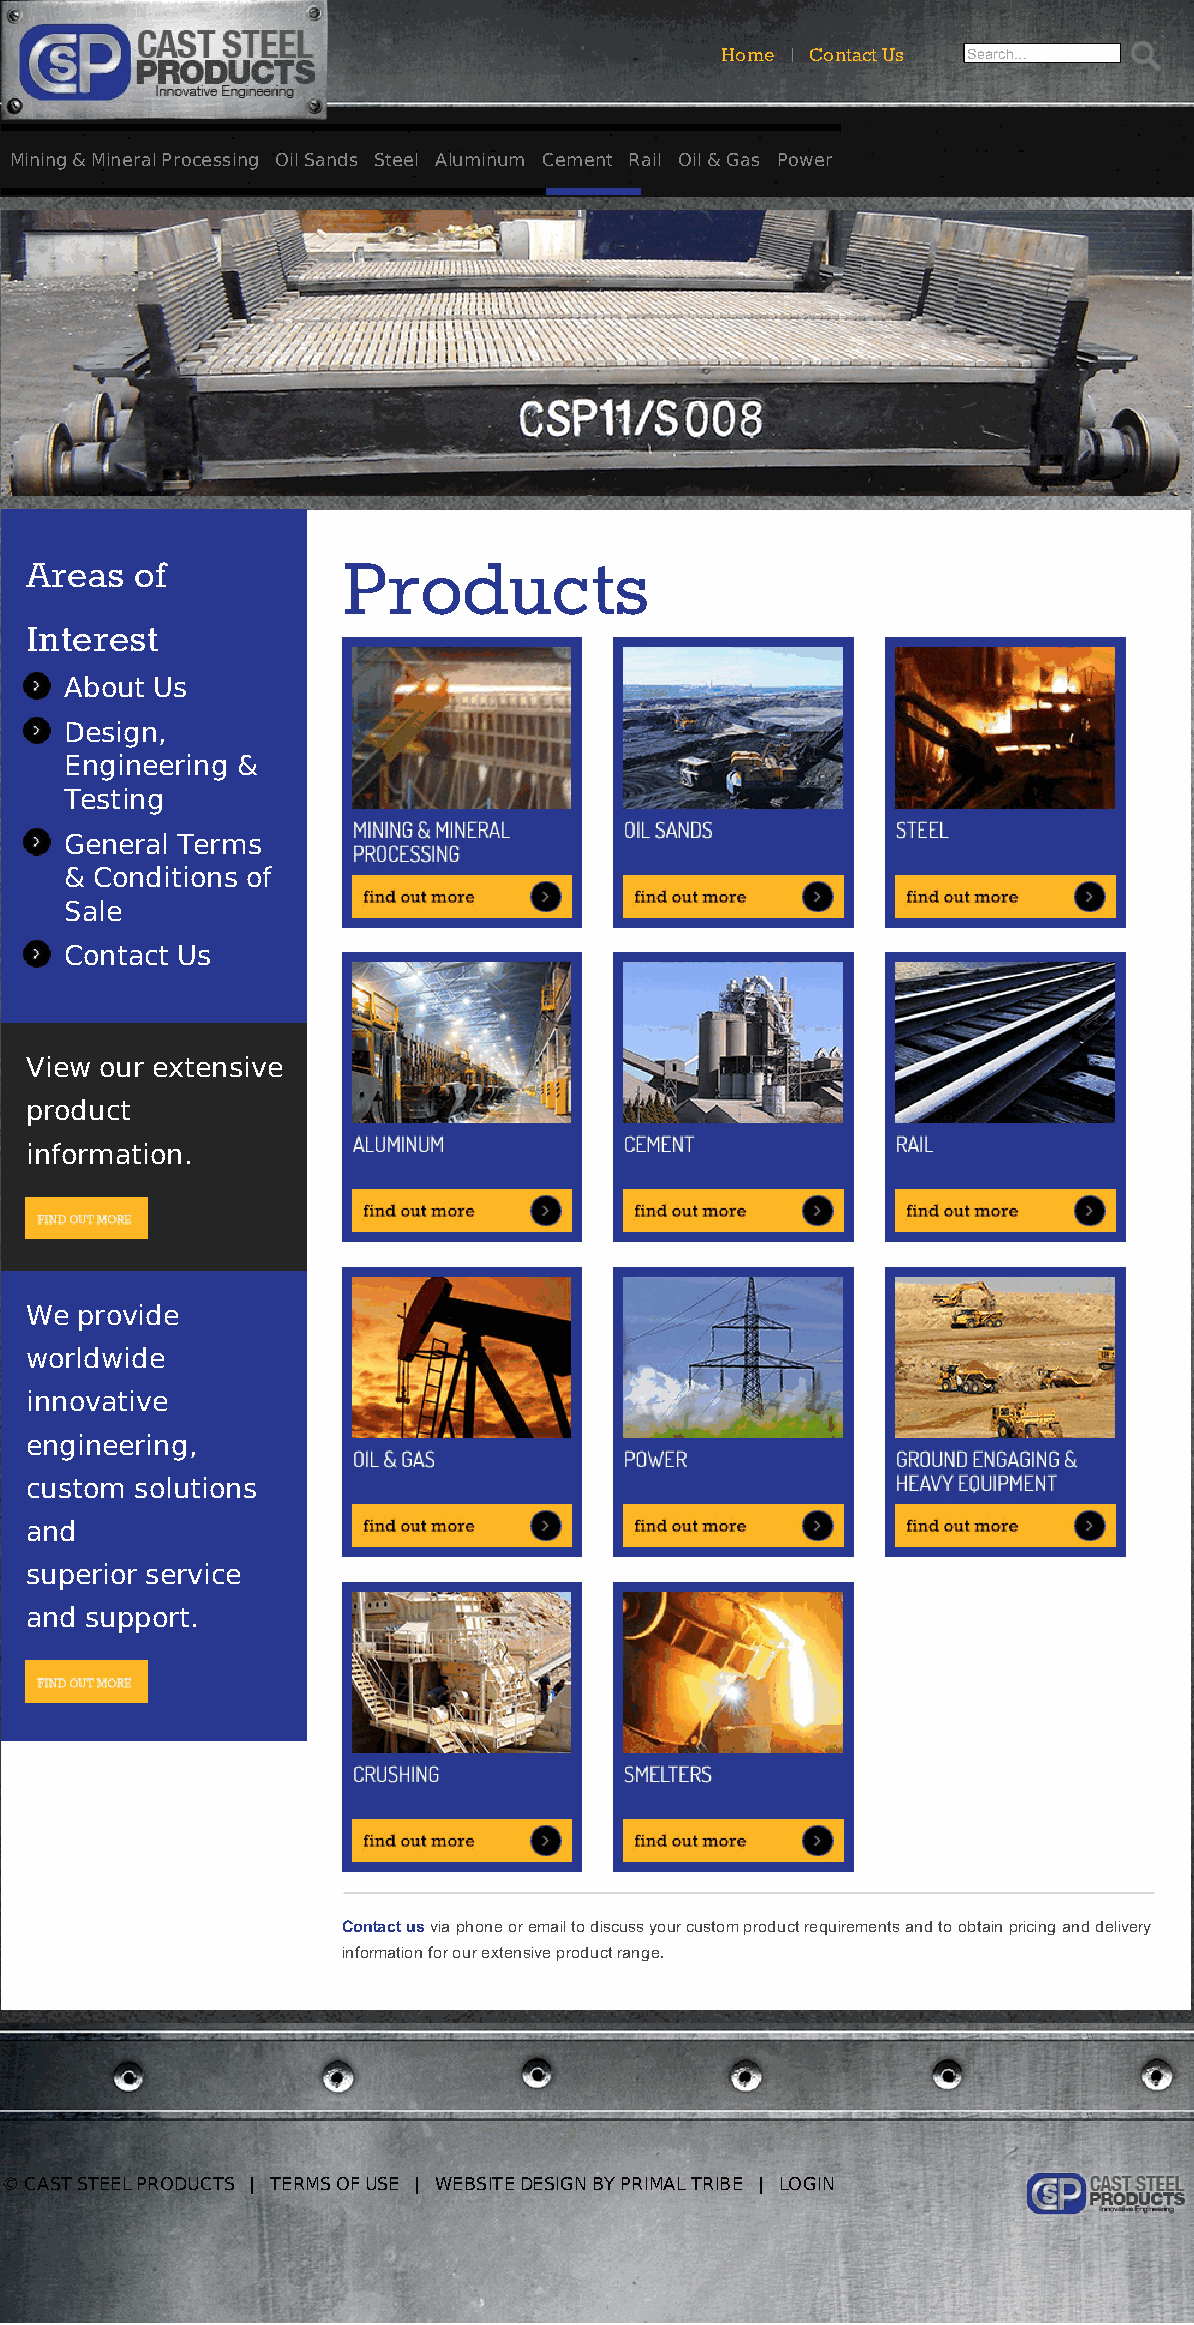
Home | Contact Us Search...
 Mining & Mineral Processing Oil Sands Steel Aluminum Cement Rail Oil & Gas Power
 Ground Engaging & Heavy Equipment Crushing Smelters Products
 Areas  of            Products
 Interest
 About Us
 Design,
 Engineering &
 Testing
 General Terms
 & Conditions of
 Sale
 Contact Us
 View our extensive
 product
 information.
 We provide
 worldwide
 innovative
 engineering,
 custom solutions
 and
 superior service
 and support.
 Contact us via phone or email to discuss your custom product requirements and to obtain pricing and delivery
 information for our extensive product range.
 © CAST STEEL PRODUCTS | TERMS OF USE | WEBSITE DESIGN BY PRIMAL TRIBE | LOGIN